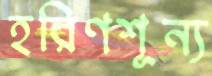
হরিণশূন্য